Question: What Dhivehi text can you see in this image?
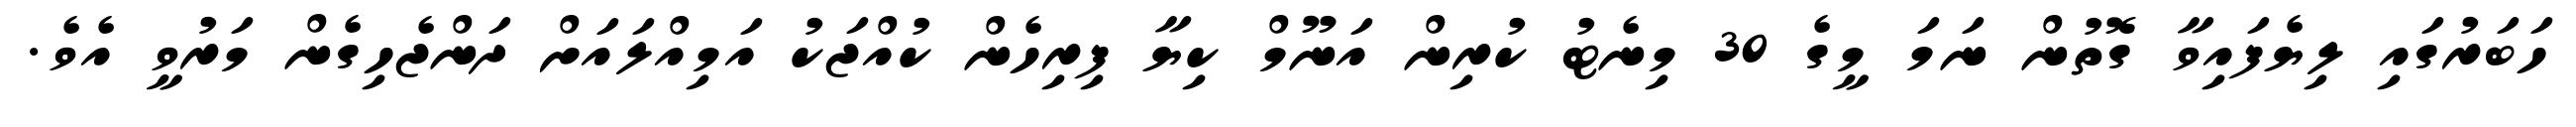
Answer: ހަބަރުގައި ލިޔެފައިވާ ގޮތުން ނަމަ މީގެ 30 މިނެޓު ކުރިން އަނޫމް ކިޔާ ފިރިހެން ކުއްޖަކު އަމިއްލައަށް ދަންޖެހިގެން މަރުވީ އެވެ.